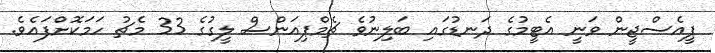
ޕީއެސްޖީން ވަނީ އެޓީމުގެ ދަނޑުގައި ބަލިނުވެ ޗެމްޕިއަންސް ލީގުގެ 33 މެޗު ހަމަކޮށްފައެވެ.